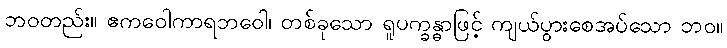
ဘဝတည်း။ ဧကဝေါကာရဘဝေါ၊ တစ်ခုသော ရူပက္ခန္ဓာဖြင့် ကျယ်ပွားစေအပ်သော ဘဝ။